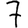
Digit: 7